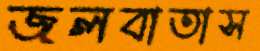
জলবাতাস